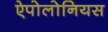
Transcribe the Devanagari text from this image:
ऐपोलोनियस